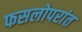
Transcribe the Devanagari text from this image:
फसलोपरांत